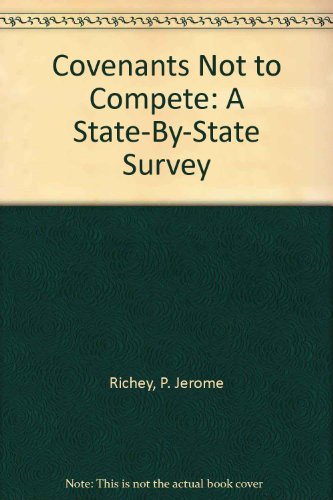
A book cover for Covenants Not to Compete: A State-By-State Survey; P. Jerome Richey; Law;